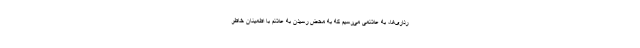
رداری‌ها، به علائمی می‌رسیم که به محض رسیدن به علائم با اطمینان خاطر